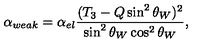
\alpha _ { w e a k } = \alpha _ { e l } \frac { ( T _ { 3 } - Q \sin ^ { 2 } \theta _ { W } ) ^ { 2 } } { \sin ^ { 2 } \theta _ { W } \cos ^ { 2 } \theta _ { W } } ,